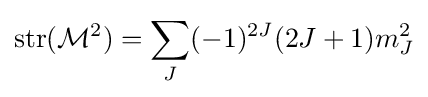
{\text{str}}({\mathcal {M}}^{2})=\sum _{J}(-1)^{2J}(2J+1)m_{J}^{2}